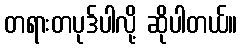
တရားတပုဒ်ပါလို့ ဆိုပါတယ်။